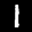
Label: 1